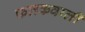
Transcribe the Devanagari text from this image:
फलकवाली